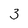
Character: 3